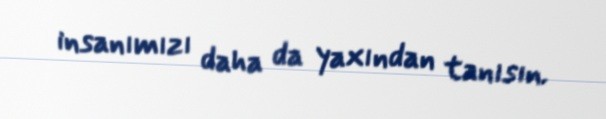
insanımızı daha da yaxından tanısın.